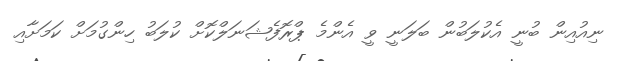
ނިއުއިން ބުނީ އެކުލަބުން ބަލަނީ ވީ އެންމެ ޕްރޮފެޝަނަލްކޮށް ކުލަބު ހިންގުމަށް ކަމަށާއި